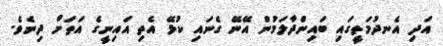
އަދި އެނދުމަތީގައި ބައިންދާލަމުން އޭނޭ ގެނައި ކުޅޭ އެތި އައިނީގެ އަތަށް ދިނެވެ.